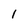
Character: 1